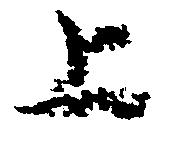
上